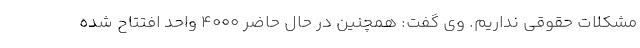
مشکلات حقوقی نداریم. وی گفت: همچنین در حال حاضر 4000 واحد افتتاح شده